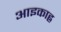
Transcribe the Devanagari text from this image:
आइकाह्न